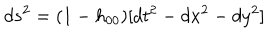
d s ^ { 2 } = ( 1 - h _ { 0 0 } ) [ d t ^ { 2 } - d x ^ { 2 } - d y ^ { 2 } ]